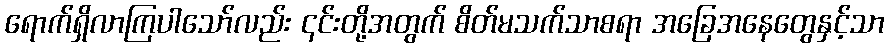
ရောက်ရှိလာကြပါသော်လည်း ၎င်းတို့အတွက် စိတ်မသက်သာစရာ အခြေအနေတွေနှင့်သာ